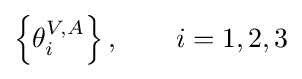
\left\{\theta _{i}^{V,A}\right\},\qquad i=1,2,3